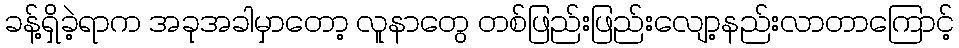
ခန့်ရှိခဲ့ရာက အခုအခါမှာတော့ လူနာတွေ တစ်ဖြည်းဖြည်းလျော့နည်းလာတာကြောင့်